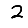
Digit: 2